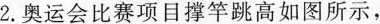
2.奥运会比赛项目撑竿跳高如图所示，